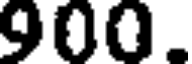
900.